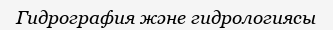
Гидрография және гидрологиясы